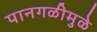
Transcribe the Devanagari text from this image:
पानगळीमुळे